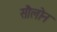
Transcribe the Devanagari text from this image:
सौलोन